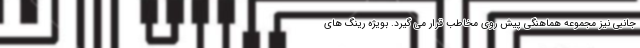
جانبی نیز مجموعه هماهنگی پیش روی مخاطب قرار می گیرد. بویژه رینگ های